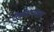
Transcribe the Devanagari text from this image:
केल्यानंगतर